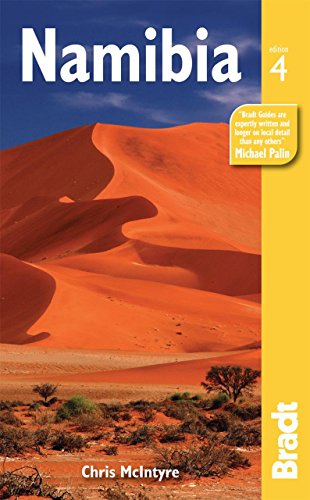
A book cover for Namibia, 4th: The Bradt Travel Guide; Chris McIntyre; Travel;